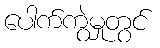
ပေါက်ကွဲမှုတွင်